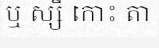
ឬ ស្សី កោះ តា